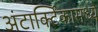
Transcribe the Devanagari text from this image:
अंटार्क्टिकामध्ये